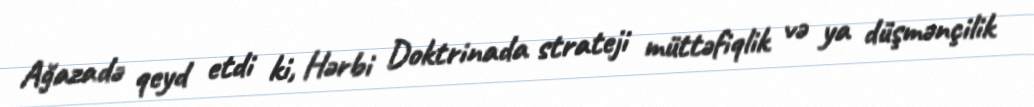
Ağazadə qeyd etdi ki, Hərbi Doktrinada strateji müttəfiqlik və ya düşmənçilik